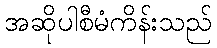
အဆိုပါစီမံကိန်းသည်